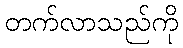
တက်လာသည်ကို